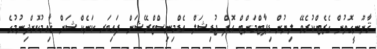
ޤާނޫނީގޮތުން ގެޒެޓްކުރެވޭ ލިޔުން ޑިޕާޓްމަންޓް އޮފް ޖުޑިޝަލް އެޑްމިނިސްޓްރޭޝަން ފައިބަރ ކަނެކްޝަން ޤާއިމުކޮށްދިނުމުގެ